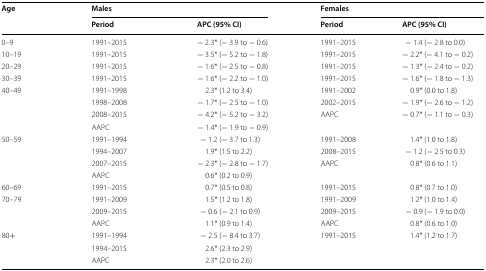
<table><thead><tr><td rowspan="2"><b>Age</b></td><td colspan="2"><b>Males</b></td><td colspan="2"><b>Females</b></td></tr><tr><td><b>Period</b></td><td><b>APC (95% CI)</b></td><td><b>Period</b></td><td><b>APC (95% CI)</b></td></tr></thead><tbody><tr><td>0–9</td><td>1991–2015</td><td>− 2.3* (− 3.9 to − 0.6)</td><td>1991–2015</td><td>− 1.4 (− 2.8 to 0.0)</td></tr><tr><td>10–19</td><td>1991–2015</td><td>− 3.5* (− 5.2 to − 1.8)</td><td>1991–2015</td><td>− 2.2* (− 4.1 to − 0.2)</td></tr><tr><td>20–29</td><td>1991–2015</td><td>− 1.6* (− 2.5 to − 0.8)</td><td>1991–2015</td><td>− 1.3* (− 2.4 to − 0.2)</td></tr><tr><td>30–39</td><td>1991–2015</td><td>− 1.6* (− 2.2 to − 1.0)</td><td>1991–2015</td><td>− 1.6* (− 1.8 to − 1.3)</td></tr><tr><td>40–49</td><td>1991–1998</td><td>2.3* (1.2 to 3.4)</td><td>1991–2002</td><td>0.9* (0.0 to 1.8)</td></tr><tr><td></td><td>1998–2008</td><td>− 1.7* (− 2.5 to − 1.0)</td><td>2002–2015</td><td>− 1.9* (− 2.6 to − 1.2)</td></tr><tr><td></td><td>2008–2015</td><td>− 4.2* (− 5.2 to − 3.2)</td><td>AAPC</td><td>− 0.7* (− 1.1 to − 0.3)</td></tr><tr><td></td><td>AAPC</td><td>− 1.4* (− 1.9 to − 0.9)</td><td></td><td></td></tr><tr><td>50–59</td><td>1991–1994</td><td>− 1.2 (− 3.7 to 1.3)</td><td>1991–2008</td><td>1.4* (1.0 to 1.8)</td></tr><tr><td></td><td>1994–2007</td><td>1.9* (1.5 to 2.2)</td><td>2008–2015</td><td>− 1.2 (− 2.5 to 0.3)</td></tr><tr><td></td><td>2007–2015</td><td>− 2.3* (− 2.8 to − 1.7)</td><td>AAPC</td><td>0.8* (0.6 to 1.1)</td></tr><tr><td></td><td>AAPC</td><td>0.6* (0.2 to 0.9)</td><td></td><td></td></tr><tr><td>60–69</td><td>1991–2015</td><td>0.7* (0.5 to 0.8)</td><td>1991–2015</td><td>0.8* (0.7 to 1.0)</td></tr><tr><td>70–79</td><td>1991–2009</td><td>1.5* (1.2 to 1.8)</td><td>1991–2009</td><td>1.2* (1.0 to 1.4)</td></tr><tr><td></td><td>2009–2015</td><td>− 0.6 (− 2.1 to 0.9)</td><td>2009–2015</td><td>− 0.9 (− 1.9 to 0.0)</td></tr><tr><td></td><td>AAPC</td><td>1.1* (0.9 to 1.4)</td><td>AAPC</td><td>0.8* (0.6 to 1.0)</td></tr><tr><td>80+</td><td>1991–1994</td><td>− 2.5 (− 8.4 to 3.7)</td><td>1991–2015</td><td>1.4* (1.2 to 1.7)</td></tr><tr><td></td><td>1994–2015</td><td>2.6* (2.3 to 2.9)</td><td></td><td></td></tr><tr><td></td><td>AAPC</td><td>2.3* (2.0 to 2.6)</td><td></td><td></td></tr></tbody></table>